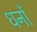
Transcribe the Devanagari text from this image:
धनों